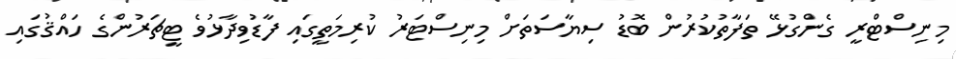
މިނިސްޓްރީ ގެންގުޅޭ ތަފާތުކުރުން ބޮޑު ސިޔާސަތަށް މިނިސްޓަރު ކުރިމަތީގައި ފާޑުވިދާޅުވެ ޓީޗަރުންގެ ހައްޤުގައި